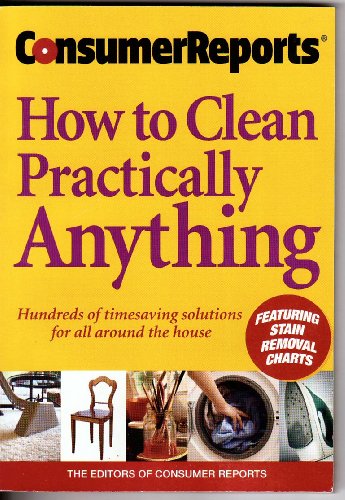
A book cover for How to Clean Practically Anything; Crafts, Hobbies & Home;